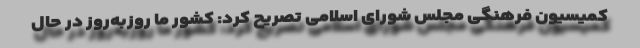
کمیسیون فرهنگی مجلس شورای اسلامی تصریح کرد: کشور ما روزبه‌روز در حال